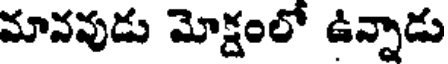
మానవుడు మోక్షంలో ఉన్నాడు